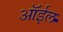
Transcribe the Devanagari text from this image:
ऑर्इल